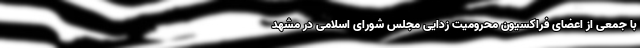
با جمعی از اعضای فراکسیون محرومیت زدایی مجلس شورای اسلامی در مشهد